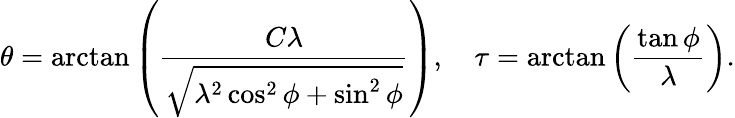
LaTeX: \theta=\arctan\left(\frac{C\lambda}{\sqrt{\lambda^{2}\cos^{2}\phi+\sin^{2}\phi}}\right),\quad\tau=\arctan\left(\frac{\tan\phi}{\lambda}\right).